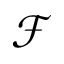
\mathcal { F }